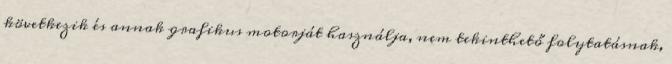
következik és annak grafikus motorját használja, nem tekinthető folytatásnak,